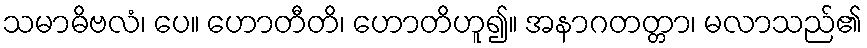
သမာဓိဗလံ၊ ပေ။ ဟောတီတိ၊ ဟောတိဟူ၍။ အနာဂတတ္တာ၊ မလာသည်၏